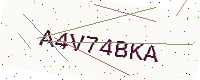
Text: A4V74BKA